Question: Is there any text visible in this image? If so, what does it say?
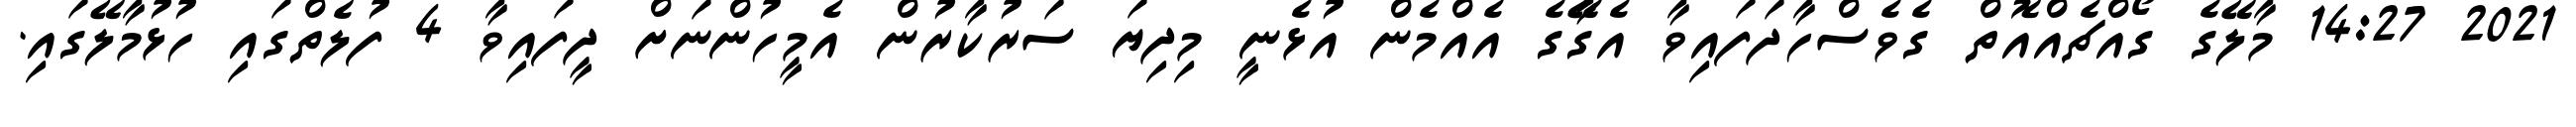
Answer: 2021 14:27 މާލޭގެ ގޯއްޗެއްއޮތް ގެވެސްހާދަފައިވާ އެގޭާގެ އެއްމެން އުޅެނީ މިދިޔަ ސަރުކާރުން އެމީހުންނަށް ދީފައިވާ 4 ފުލެތްގައި ހުޅުމާލޭގައި.